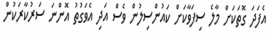
އެފަދަ ގޮތަކަށް މާލެ ސިފަވާކަށް ކައުންސިލުން ވެސް އަދި އެވަގުތު އޮންނަ ސަރުކާރަކުން